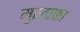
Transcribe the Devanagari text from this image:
मुस्ताफा